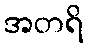
အတရိ